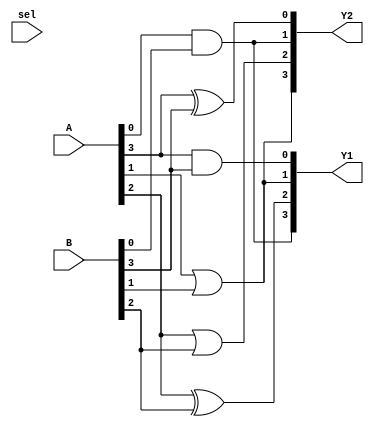
module CombinationalLogicBlock (
    input wire [3:0] A,      // 4-bit input A
    input wire [3:0] B,      // 4-bit input B
    input wire sel,          // Control signal for multiplexing
    output wire [3:0] Y1,    // Output for function 1
    output wire [3:0] Y2     // Output for function 2
);

// Common logic shared between outputs
wire common1, common2;

// Shared logic expressions
assign common1 = A[0] & B[0]; // Example shared logic
assign common2 = A[1] | B[1]; // Example shared logic

// Output logic functions utilizing shared components
assign Y1 = {common1, A[2] ^ B[2], common2, A[3] & B[3]};
assign Y2 = {common2, A[2] | B[2], common1, A[3] ^ B[3]};

// Multiplexer to select between outputs based on control signal
assign Y = sel ? Y2 : Y1;

endmodule